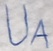
Text: UA